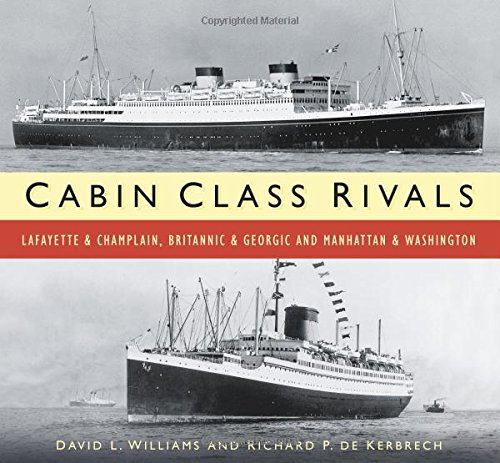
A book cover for Cabin Class Rivals: Lafayette & Champlain, Britannic & Georgic and Manhattan & Washington; Richard P. de Kerbrech; Arts & Photography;